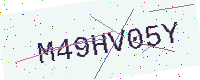
Text: M49HV05Y